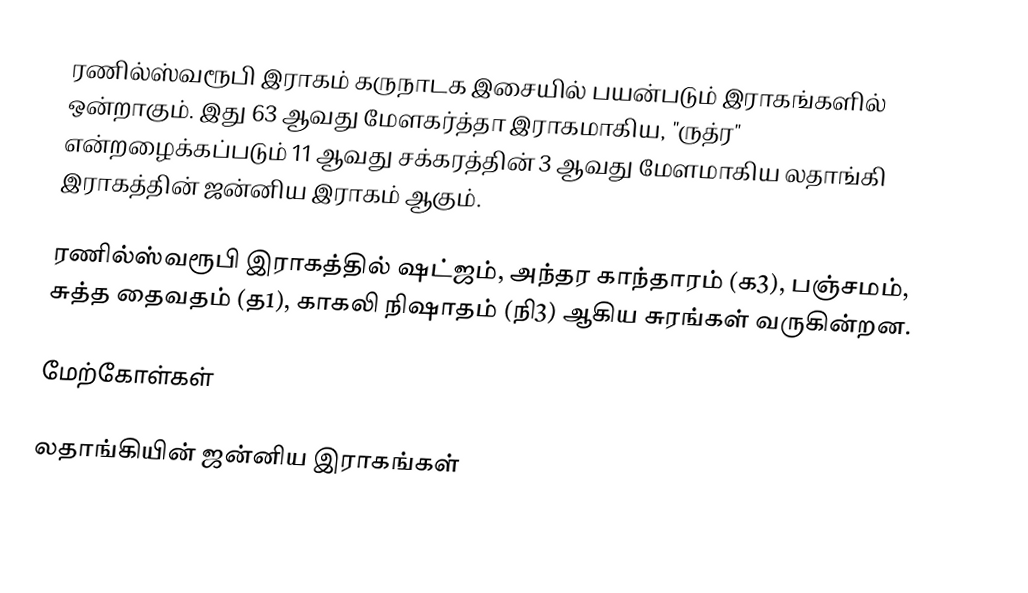
ரணில்ஸ்வரூபி இராகம் கருநாடக இசையில் பயன்படும் இராகங்களில் ஒன்றாகும். இது 63 ஆவது மேளகர்த்தா இராகமாகிய, "ருத்ர" என்றழைக்கப்படும் 11 ஆவது சக்கரத்தின் 3 ஆவது மேளமாகிய லதாங்கி இராகத்தின் ஜன்னிய இராகம் ஆகும்.

ரணில்ஸ்வரூபி இராகத்தில் ஷட்ஜம், அந்தர காந்தாரம் (க3), பஞ்சமம், சுத்த தைவதம் (த1), காகலி நிஷாதம் (நி3) ஆகிய சுரங்கள் வருகின்றன.

மேற்கோள்கள்

லதாங்கியின் ஜன்னிய இராகங்கள்